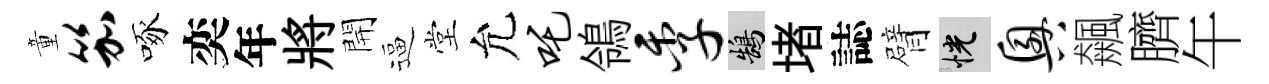
童笳啄奕年將開逼堂允吒鴒季鵠堵誌臂恍兴飆臍午